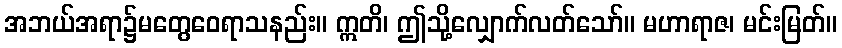
အဘယ်အရာ၌မတွေဝေရာသနည်း။ ဣတိ၊ ဤသို့လျှောက်လတ်သော်။ မဟာရာဇ၊ မင်းမြတ်။